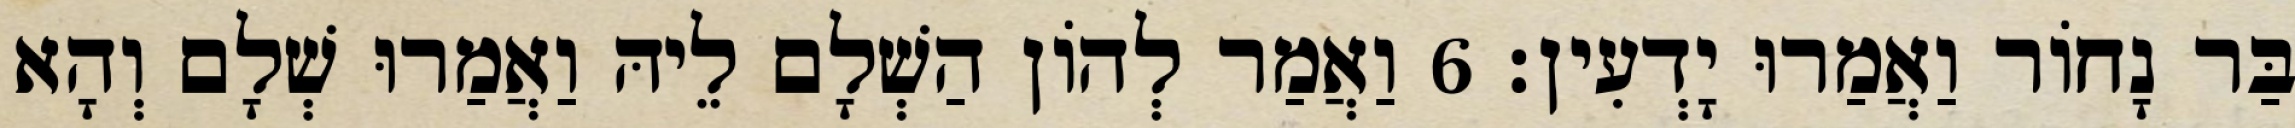
בַּר נָחוֹר וַאֲמַרוּ יָדְעִין׃ 6 וַאֲמַר לְהוֹן הַשְׁלָם לֵיהּ וַאֲמַרוּ שְׁלָם וְהָא